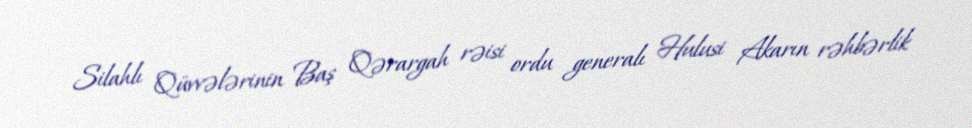
Silahlı Qüvvələrinin Baş Qərargah rəisi ordu generalı Hulusi Akarın rəhbərlik